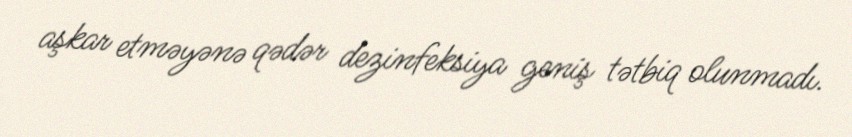
aşkar etməyənə qədər dezinfeksiya geniş tətbiq olunmadı.